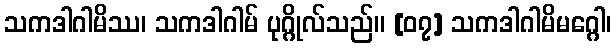
သကဒါဂါမိဿ၊ သကဒါဂါမ် ပုဂ္ဂိုလ်သည်။ [၀၇] သကဒါဂါမိမဂ္ဂေါ၊